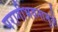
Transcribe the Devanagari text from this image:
परागीभवनामुळे